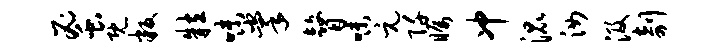
蜜既叛粒味掌瞽味元阡瞩冲混汝汲剞